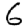
Digit: 6